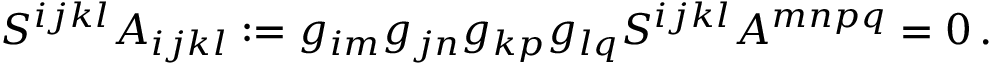
S ^ { i j k l } A _ { i j k l } : = g _ { i m } g _ { j n } g _ { k p } g _ { l q } S ^ { i j k l } A ^ { m n p q } = 0 \, .